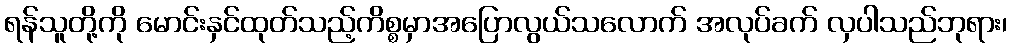
ရန်သူတို့ကို မောင်းနှင်ထုတ်သည့်ကိစ္စမှာအပြောလွယ်သလောက် အလုပ်ခက် လှပါသည်ဘုရား၊